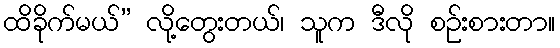
ထိခိုက်မယ်” လို့တွေးတယ်၊ သူက ဒီလို စဉ်းစားတာ။